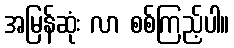
အမြန်ဆုံး လာ စစ်ကြည့်ပါ။